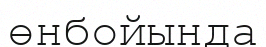
өнбойында